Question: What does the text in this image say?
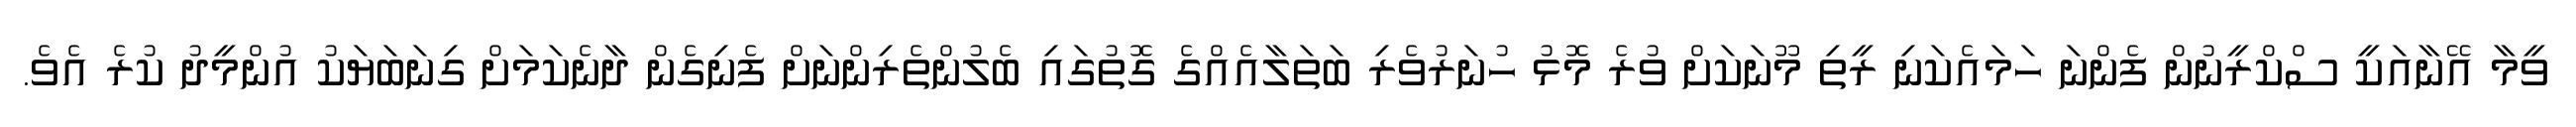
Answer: ވީމާ އޭނާއަކީ ސްކްރީނުން ފެންނަ ހަމައެކަނި ރީތި މޫނަކަށް ވުރެ މޮޅު ހުނަރުވެރި ބަތަލާއެއްގެ ގޮތުގައި ބެލުންތެރިންނަށް ފެނިގެން ދާނެކަމަށް ގިނަބަޔަކު އުންމީދު ކުރެ އެވެ.